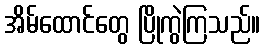
အိမ်ထောင်တွေ ပြိုကွဲကြသည်။